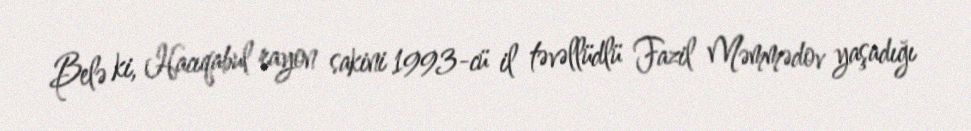
Belə ki, Hacıqabul rayon sakini 1993-cü il təvəllüdlü Fazil Məmmədov yaşadığı